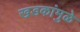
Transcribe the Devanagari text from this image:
खडकांमुळे